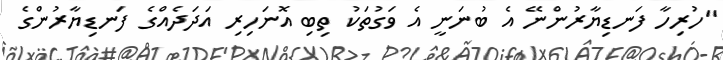
"ހުރިހާ ފަނޑިޔާރުންނޭ އެ ބުނަނީ އެ ވަގުތަކު ތިބި އޮނަހިރި އަދަދެއްގެ ފަނޑިޔާރުންގެ